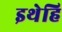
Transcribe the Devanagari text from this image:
इथेहि